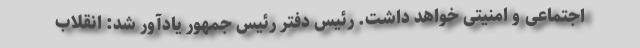
اجتماعی و امنیتی خواهد داشت. رئیس دفتر رئیس جمهور یادآور شد: انقلاب